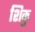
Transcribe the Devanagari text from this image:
शिकु